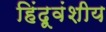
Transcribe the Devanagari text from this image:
हिंदूवंशीय